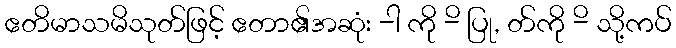
ဧတိမာသမိသုတ်ဖြင့် ဧတာ၏အဆုံး -ါ ကို -ိ ပြု, တ်ကို -ိ သို့ကပ်